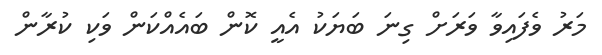
މަރު ވެފައިވާ ވަރަށް ގިނަ ބަޔަކު އެއީ ކޮން ބައެއްކަން ވަކި ކުރާން